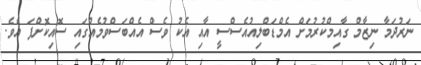
ނަރުދަމާ ނިޒާމް ގާއިމްކުރުމަށް އެމްޑަބްލިއުއެސްސީ އާއި އެކު ވެސް އެއްބަސްވުމެއްގައި ސޮއިކޮށްފަ އެވެ.